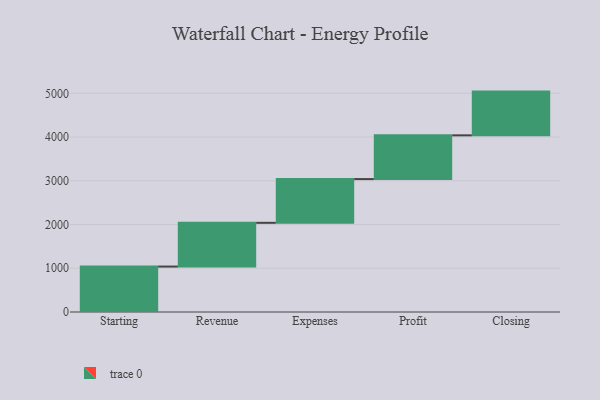
{"axis": {"x": "Step", "y": "Value"}, "legend": [""], "data": [{"x": "Starting", "y": 1039.0, "type": ""}, {"x": "Revenue", "y": 1000, "type": ""}, {"x": "Expenses", "y": 1000, "type": ""}, {"x": "Profit", "y": 1000, "type": ""}, {"x": "Closing", "y": 1000, "type": ""}]}